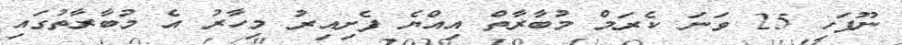
ނޫފަހި 25 ވަނަ ކެރަމް މުބާރާތް އިއްޔެ ފެށިއިރު މިހާރު އެ މުބާރާތުގައި